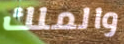
والملك